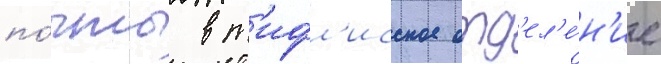
по́чты в т'ифл'исское отд'ел'е́н'ие